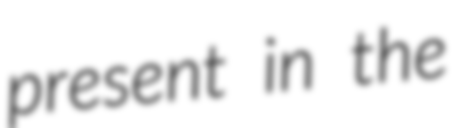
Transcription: present in the